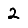
Digit: 2